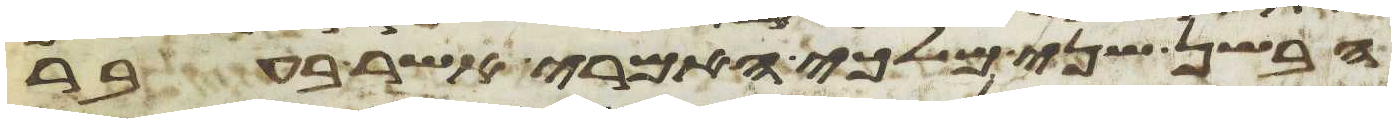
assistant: הבשן שני מלכי האמרי אשר בעבר